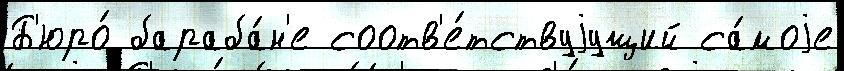
Б'юро́ бараба́н'е соотв'е́тствуjущий са́моjе